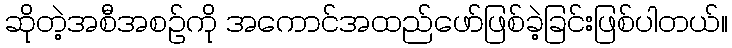
ဆိုတဲ့အစီအစဉ်ကို အကောင်အထည်ဖော်ဖြစ်ခဲ့ခြင်းဖြစ်ပါတယ်။